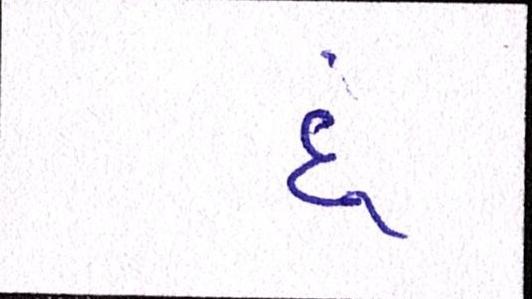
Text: દૂં